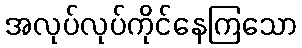
အလုပ်လုပ်ကိုင်နေကြသော